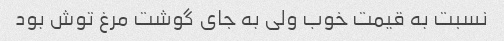
نسبت به قیمت خوب ولی به جای گوشت مرغ توش بود